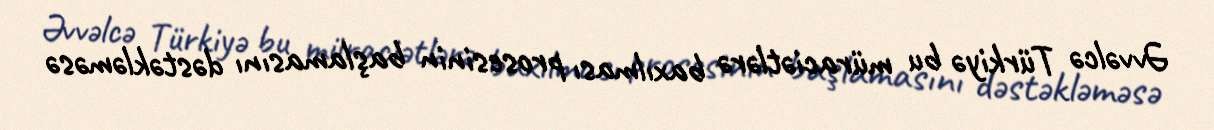
Əvvəlcə Türkiyə bu müraciətlərə baxılması prosesinin başlamasını dəstəkləməsə